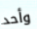
وأحد